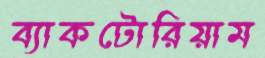
ব্যাকটোরিয়াম